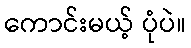
ကောင်းမယ့် ပုံပဲ။